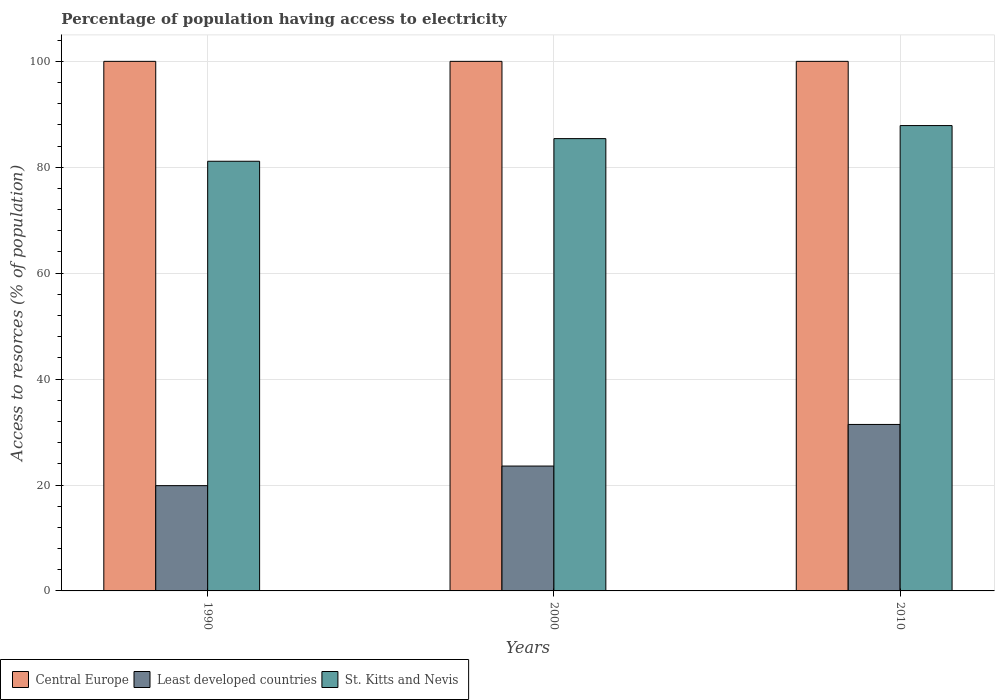
| Years | Central Europe | Least developed countries | St. Kitts and Nevis |
 | --- | --- | --- | --- |
 | 1990 | 100 | 19.9 | 81.1 |
 | 2000 | 100 | 23.6 | 85.4 |
 | 2010 | 100 | 31.4 | 87.9 |